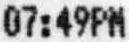
07:49PM